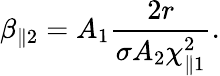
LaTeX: \beta_{\parallel 2}=A_{1}\frac{2r}{\sigma A_{2}\chi_{\parallel 1}^{2}}.